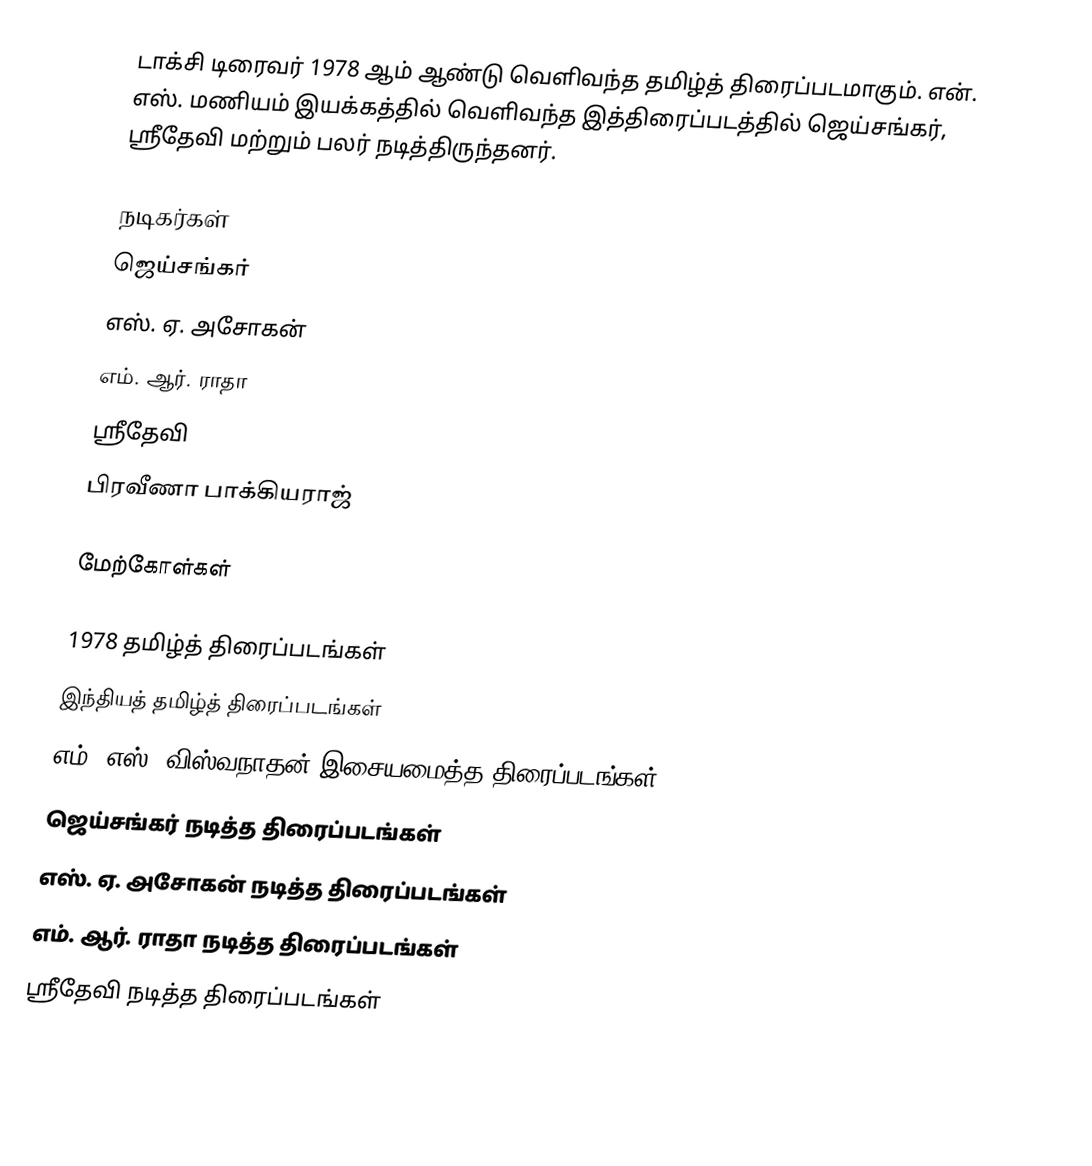
டாக்சி டிரைவர் 1978 ஆம் ஆண்டு வெளிவந்த தமிழ்த் திரைப்படமாகும். என். எஸ். மணியம் இயக்கத்தில் வெளிவந்த இத்திரைப்படத்தில் ஜெய்சங்கர், ஸ்ரீதேவி மற்றும் பலர் நடித்திருந்தனர்.

நடிகர்கள்
 ஜெய்சங்கர்
 எஸ். ஏ. அசோகன்
 எம். ஆர். ராதா
 ஸ்ரீதேவி
 பிரவீணா பாக்கியராஜ்

மேற்கோள்கள்

1978 தமிழ்த் திரைப்படங்கள்
இந்தியத் தமிழ்த் திரைப்படங்கள்
எம். எஸ். விஸ்வநாதன் இசையமைத்த திரைப்படங்கள்
ஜெய்சங்கர் நடித்த திரைப்படங்கள்
எஸ். ஏ. அசோகன் நடித்த திரைப்படங்கள்
எம். ஆர். ராதா நடித்த திரைப்படங்கள்
ஸ்ரீதேவி நடித்த திரைப்படங்கள்